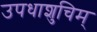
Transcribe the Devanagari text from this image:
उपधाशुचिम्